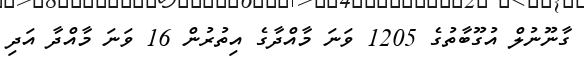
ގާނޫނުލް އުގޫބާތުގެ 1205 ވަނަ މާއްދާގެ އިތުރުން 16 ވަނަ މާއްދާ އަދި